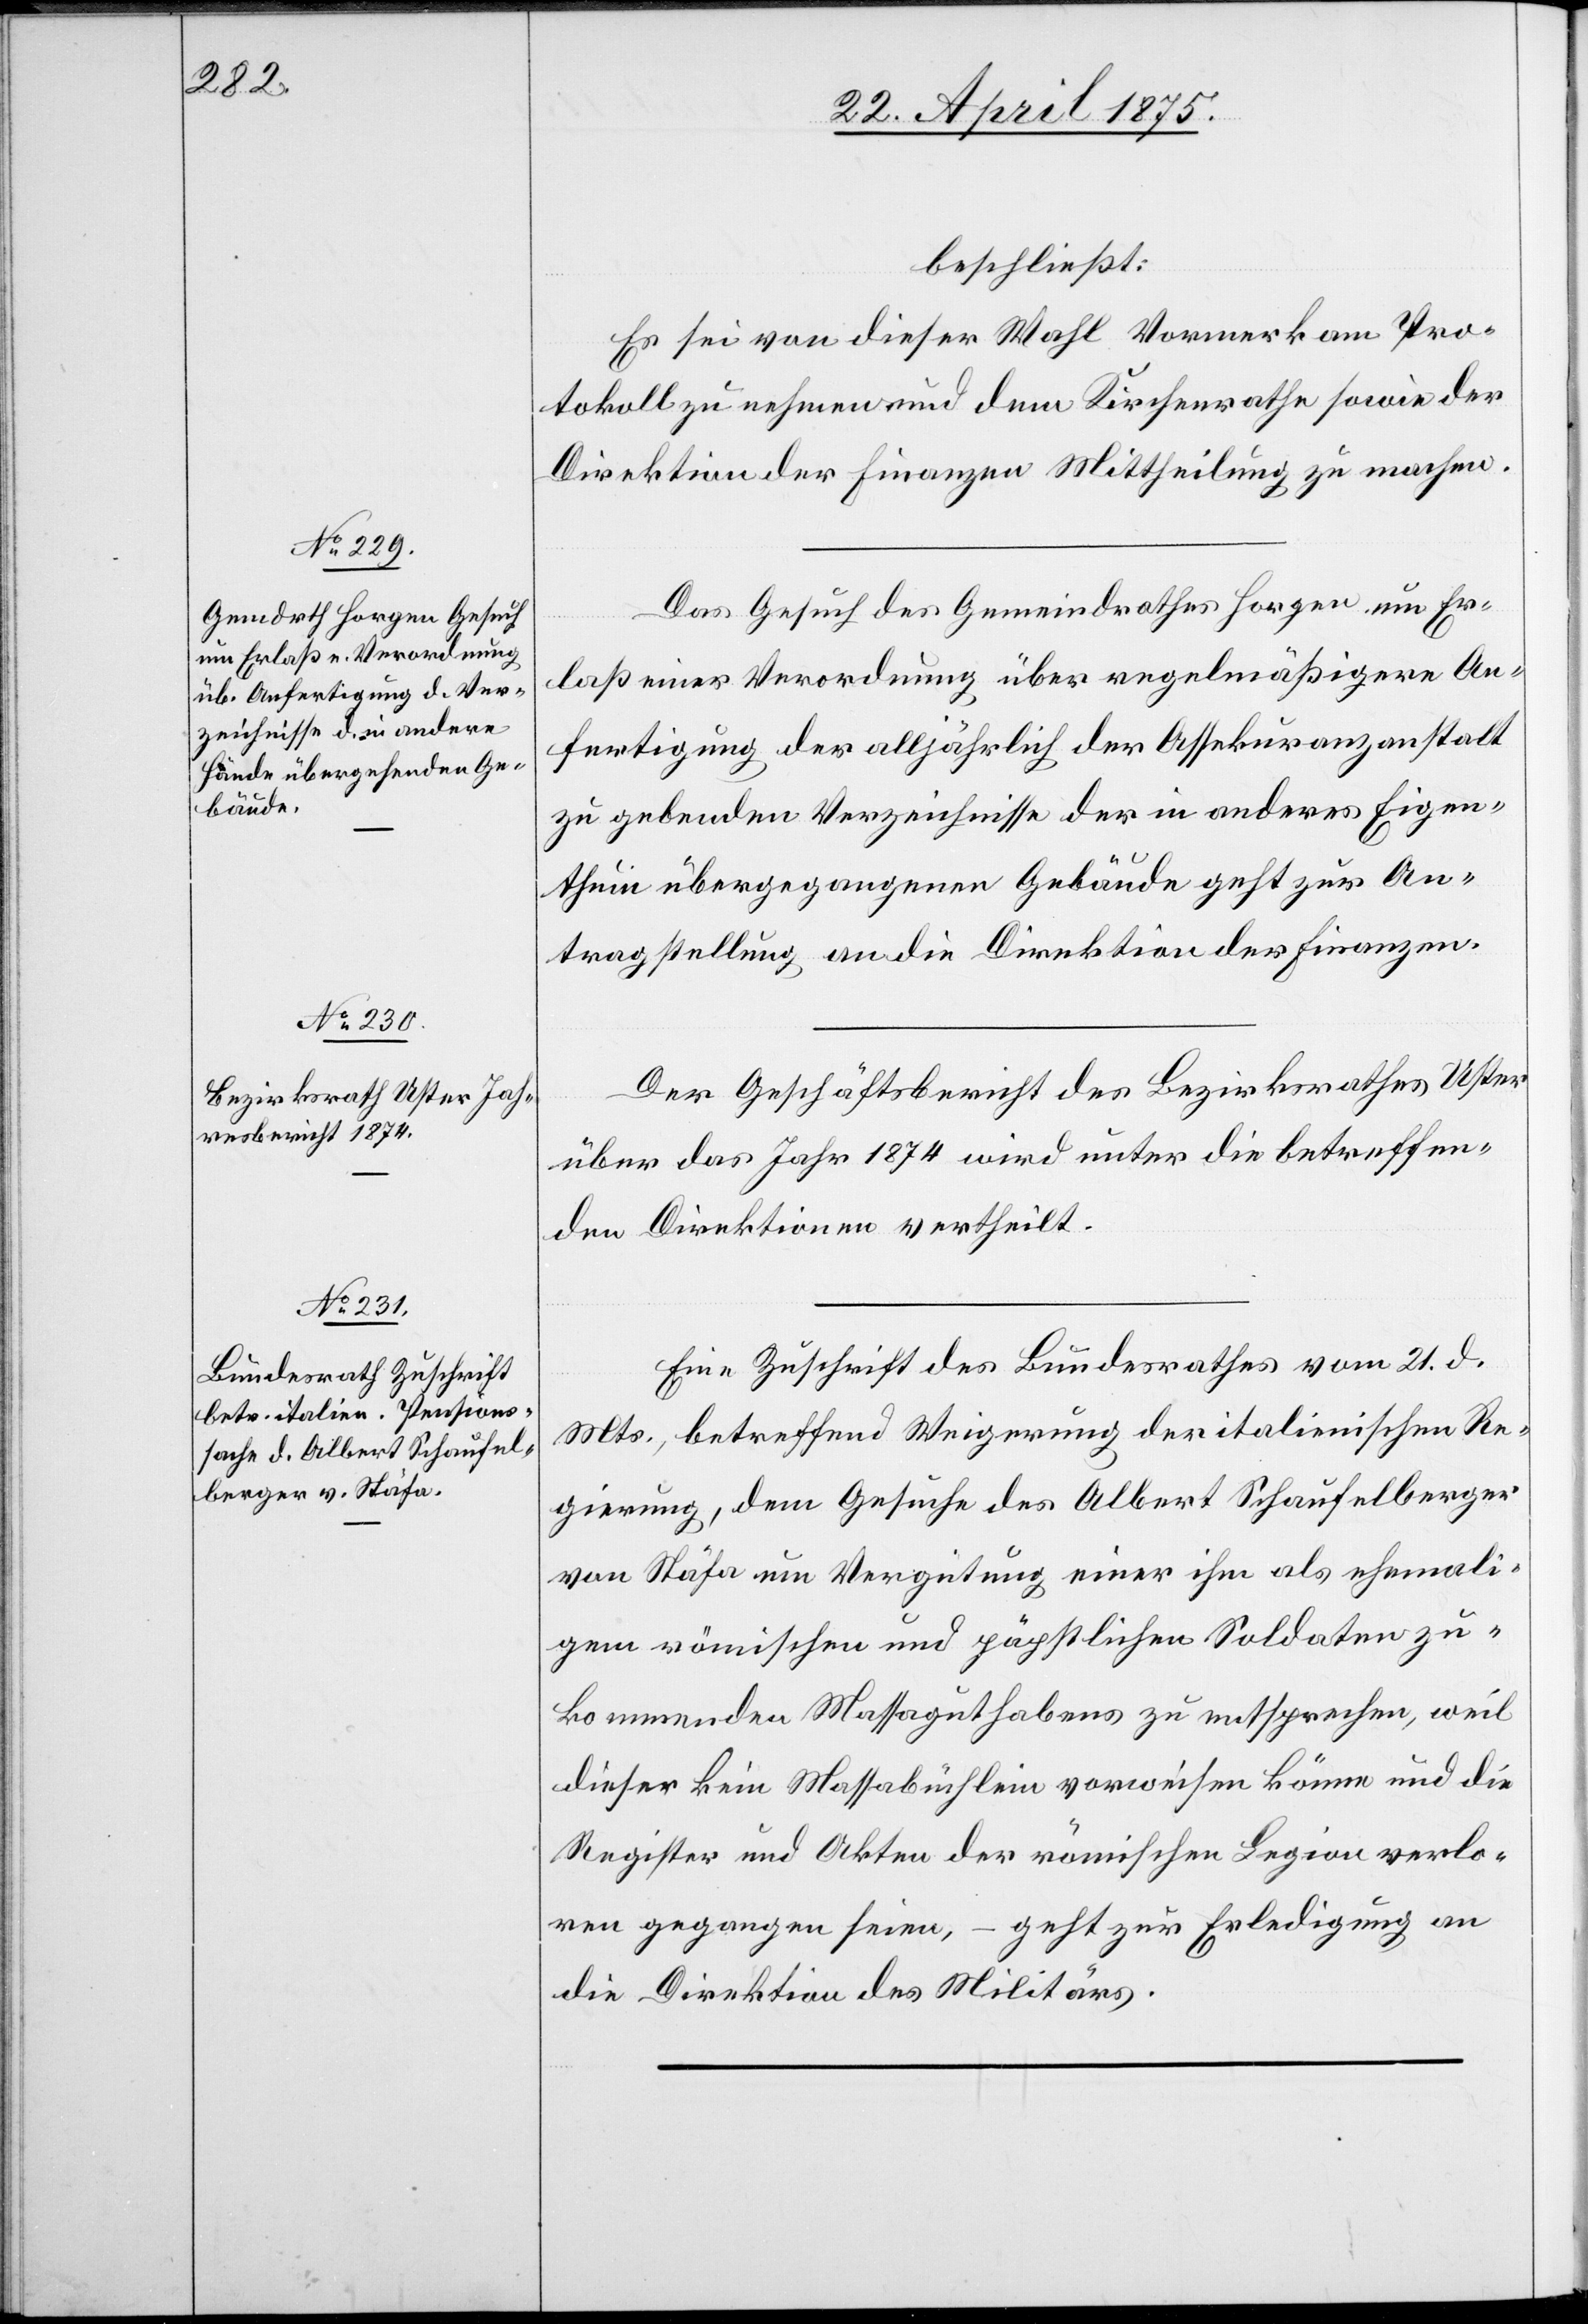
23. April 1875.]
beschließt:
Es sei von dieser Wahl Vormerk am Pro¬
tokoll zu nehmen und dem Kirchenrathe sowie der
Direktion der Finanzen Mittheilung zu machen.
Das Gesuch des Gemeindrathes Horgen um Er¬
laß einer Verordnung über regelmäßigere An¬
fertigung der alljährlich der Assekuranzanstalt
zu gebenden Verzeichnisse der in anderes Eigen¬
thum übergangenen Gebäude geht zur An¬
tragstellung an die Direktion der Finanzen.
Der Geschäftsbericht des Bezirksrathes Uster
über das Jahr 1874 wird unter die betreffen¬
den Direktionen vertheilt.
Eine Zuschrift des Bundesrathes vom 21. d.
Mts., betreffend Weigerung der italienischen Re¬
gierung, dem Gesuche des Albert Schaufelberger
von Stäfa um Vergütung einer ihm als ehemali¬
gem römischen und päpstlichen Soldaten zu¬
kommenden Massaguthabens zu entsprechen, weil
dieser kein Massabüchlein vorweisen könne und die
Register und Akten der römischen Legion verlo¬
ren gegangen seien, – geht zur Erledigung an
die Direktion des Militärs.